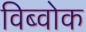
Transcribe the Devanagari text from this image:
विब्वोक